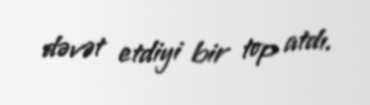
dəvət etdiyi bir top atdı.